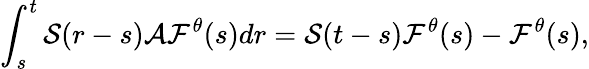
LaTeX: \int_{s}^{t}\mathcal{S}(r-s)\mathcal{A}\mathcal{F}^{\theta}(s)dr=\mathcal{S}(t-s)\mathcal{F}^{\theta}(s)-\mathcal{F}^{\theta}(s),